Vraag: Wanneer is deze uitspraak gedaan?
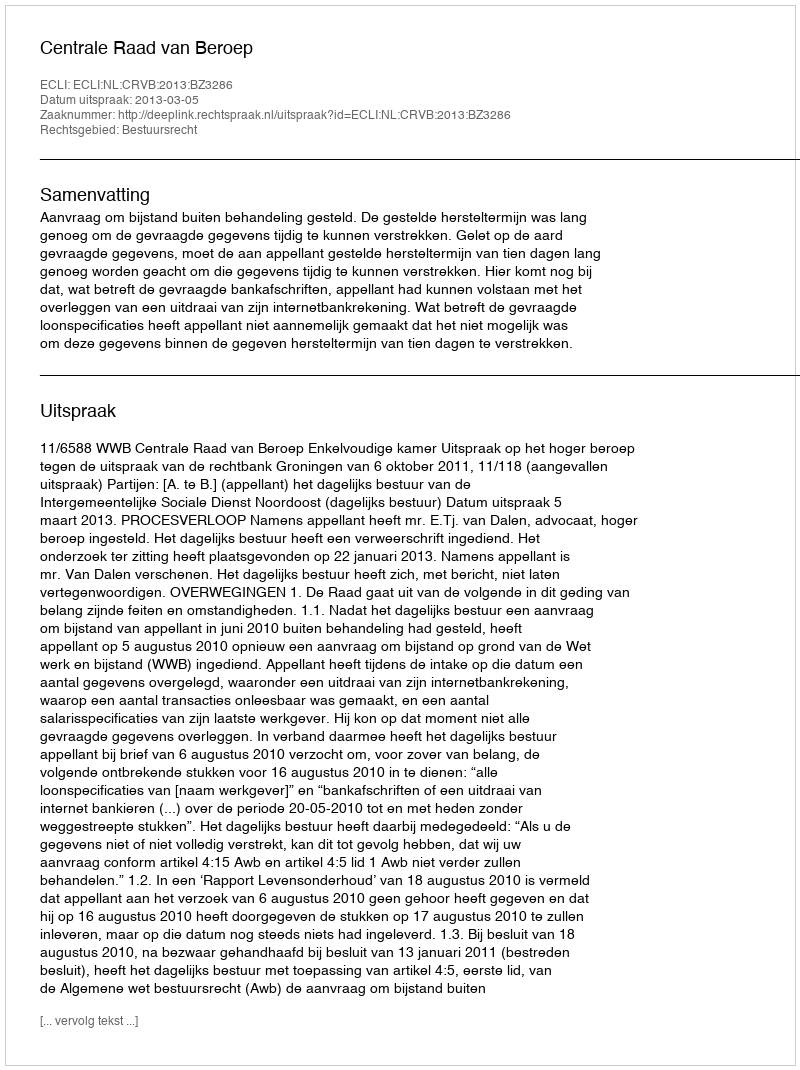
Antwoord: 2013-03-05